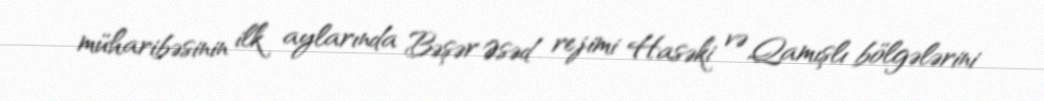
müharibəsinin ilk aylarında Bəşər Əsəd rejimi Hasəki və Qamışlı bölgələrini